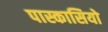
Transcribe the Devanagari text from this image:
पास्कासियो